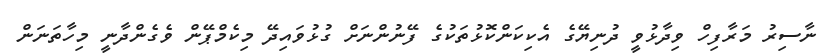
ނާސިރު މަރާފިހް ވިދާޅުވީ ދުނިޔޭގެ އެކިކަންކޮޅުތަކުގެ ފޭނުންނަށް ގުޅުވައިދޭ މިކެމްޕޭން ވެގެންދާނީ މިހާތަނަން